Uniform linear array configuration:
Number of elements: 4
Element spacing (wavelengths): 0.5
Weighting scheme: hamming
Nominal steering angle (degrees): -45
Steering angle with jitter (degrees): -45.256
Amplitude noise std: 0.05
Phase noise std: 0.05

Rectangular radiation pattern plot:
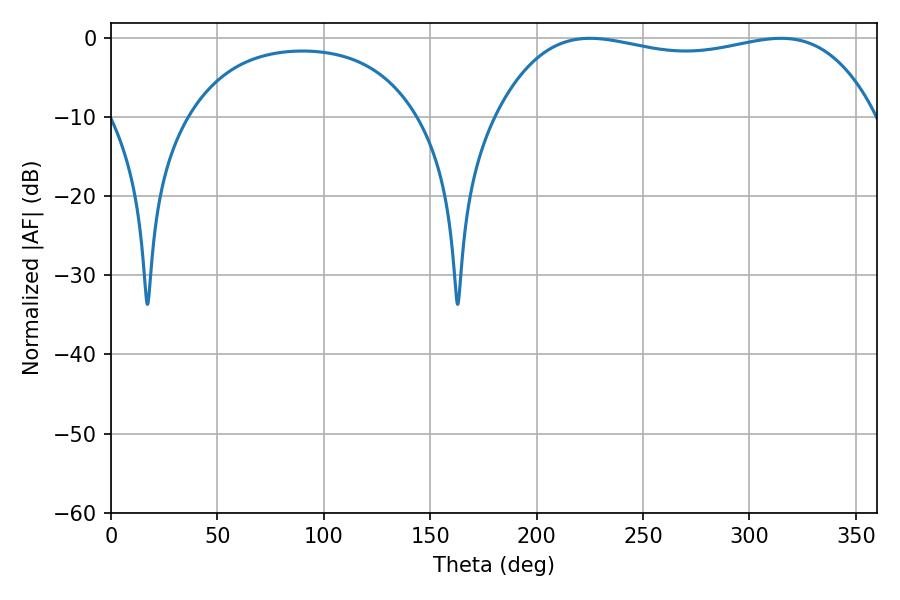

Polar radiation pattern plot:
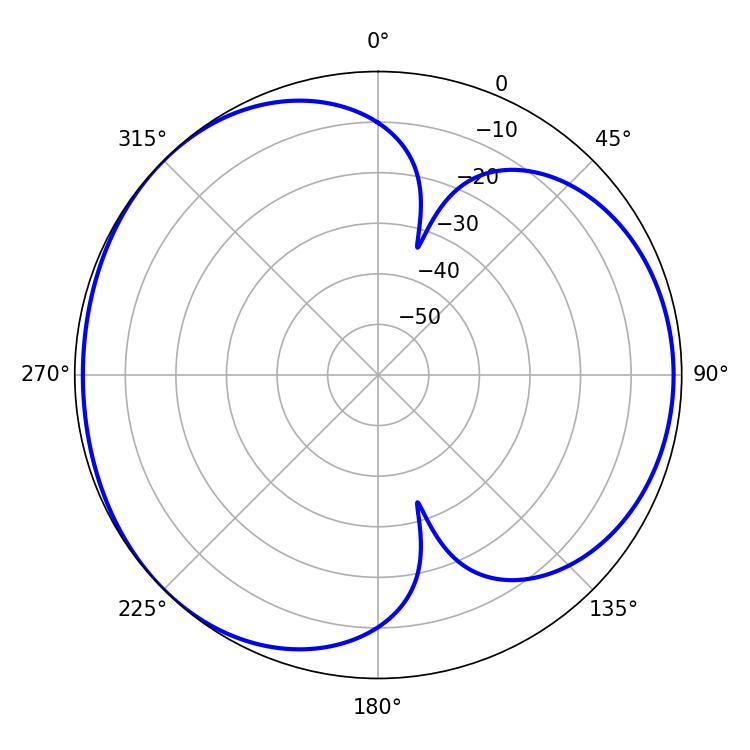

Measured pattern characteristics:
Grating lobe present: FALSE
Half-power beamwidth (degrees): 143.64
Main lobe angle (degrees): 225.18